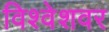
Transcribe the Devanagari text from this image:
विश्वेशवर